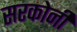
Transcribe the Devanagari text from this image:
सरकोनी